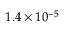
1 . 4 \times 1 0 ^ { - 5 }